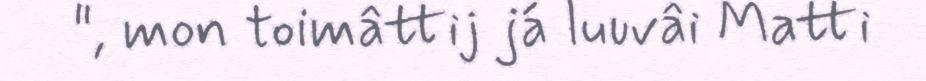
", mon toimâttij já luuvâi Matti